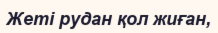
Жеті рудан қол жиған,